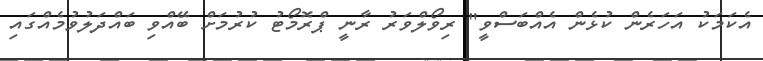
އެކަމަކު އަހަރެން ކުޅެން އެއްބަސްވީ" ރިވޯލްވަރު ރާނީ ޕްރޮމޯޓު ކުރުމަށް ބޭއްވި ބައްދަލުވުމެއްގައި